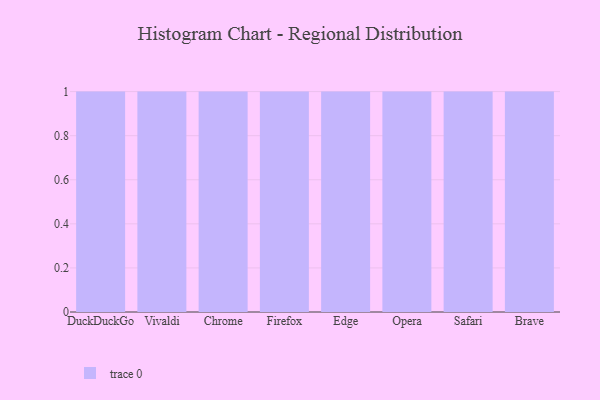
{"axis": {"x": "Browser", "y": "Gross Profit (USD K)"}, "legend": [""], "data": [{"x": "DuckDuckGo", "y": 16, "type": ""}, {"x": "Vivaldi", "y": 52, "type": ""}, {"x": "Chrome", "y": 53, "type": ""}, {"x": "Firefox", "y": 35, "type": ""}, {"x": "Edge", "y": 53, "type": ""}, {"x": "Opera", "y": 19, "type": ""}, {"x": "Safari", "y": 74, "type": ""}, {"x": "Brave", "y": 48, "type": ""}]}